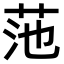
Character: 𫇻